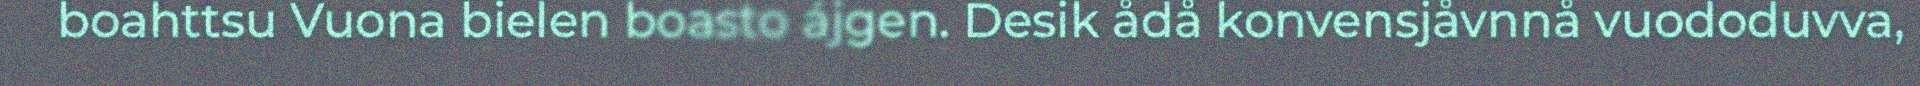
boahttsu Vuona bielen boasto ájgen. Desik ådå konvensjåvnnå vuododuvva,